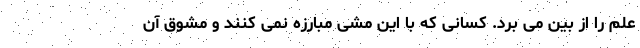
علم را از بین می برد. کسانی که با این مشی مبارزه نمی کنند و مشوق آن